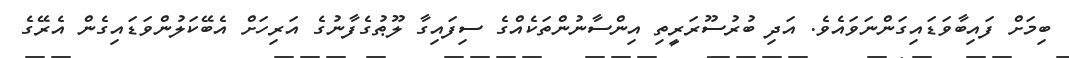
ބިމަށް ފައިބާވަޑައިގަންނަވައެވެ. އަދި ބުރުސޫރަރީތި އިންސާނުންތަކެއްގެ ސިފައިގާ ލޫޠުގެފާނުގެ އަރިހަށް އެބޭކަލުންވަޑައިގެން އެރޭގެ